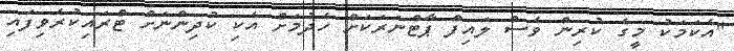
"އެކަމަކު މީގެ ކުރިން ވެސް ލައިފް ޕާޓްނަރަކަށް ހެދުމަށް އެކި ކުދިންނަށް ޓްރައިކުރެވިފައި